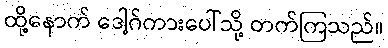
ထို့နောက် ဒေါ့ဂ်ကားပေါ်သို့ တက်ကြသည်။